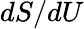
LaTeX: dS/dU